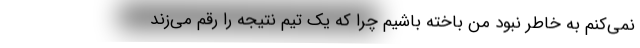
نمی‌کنم به خاطر نبود من باخته باشیم چرا که یک تیم نتیجه را رقم می‌زند